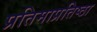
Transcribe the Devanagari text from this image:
प्रतिमाप्रतिष्ठा